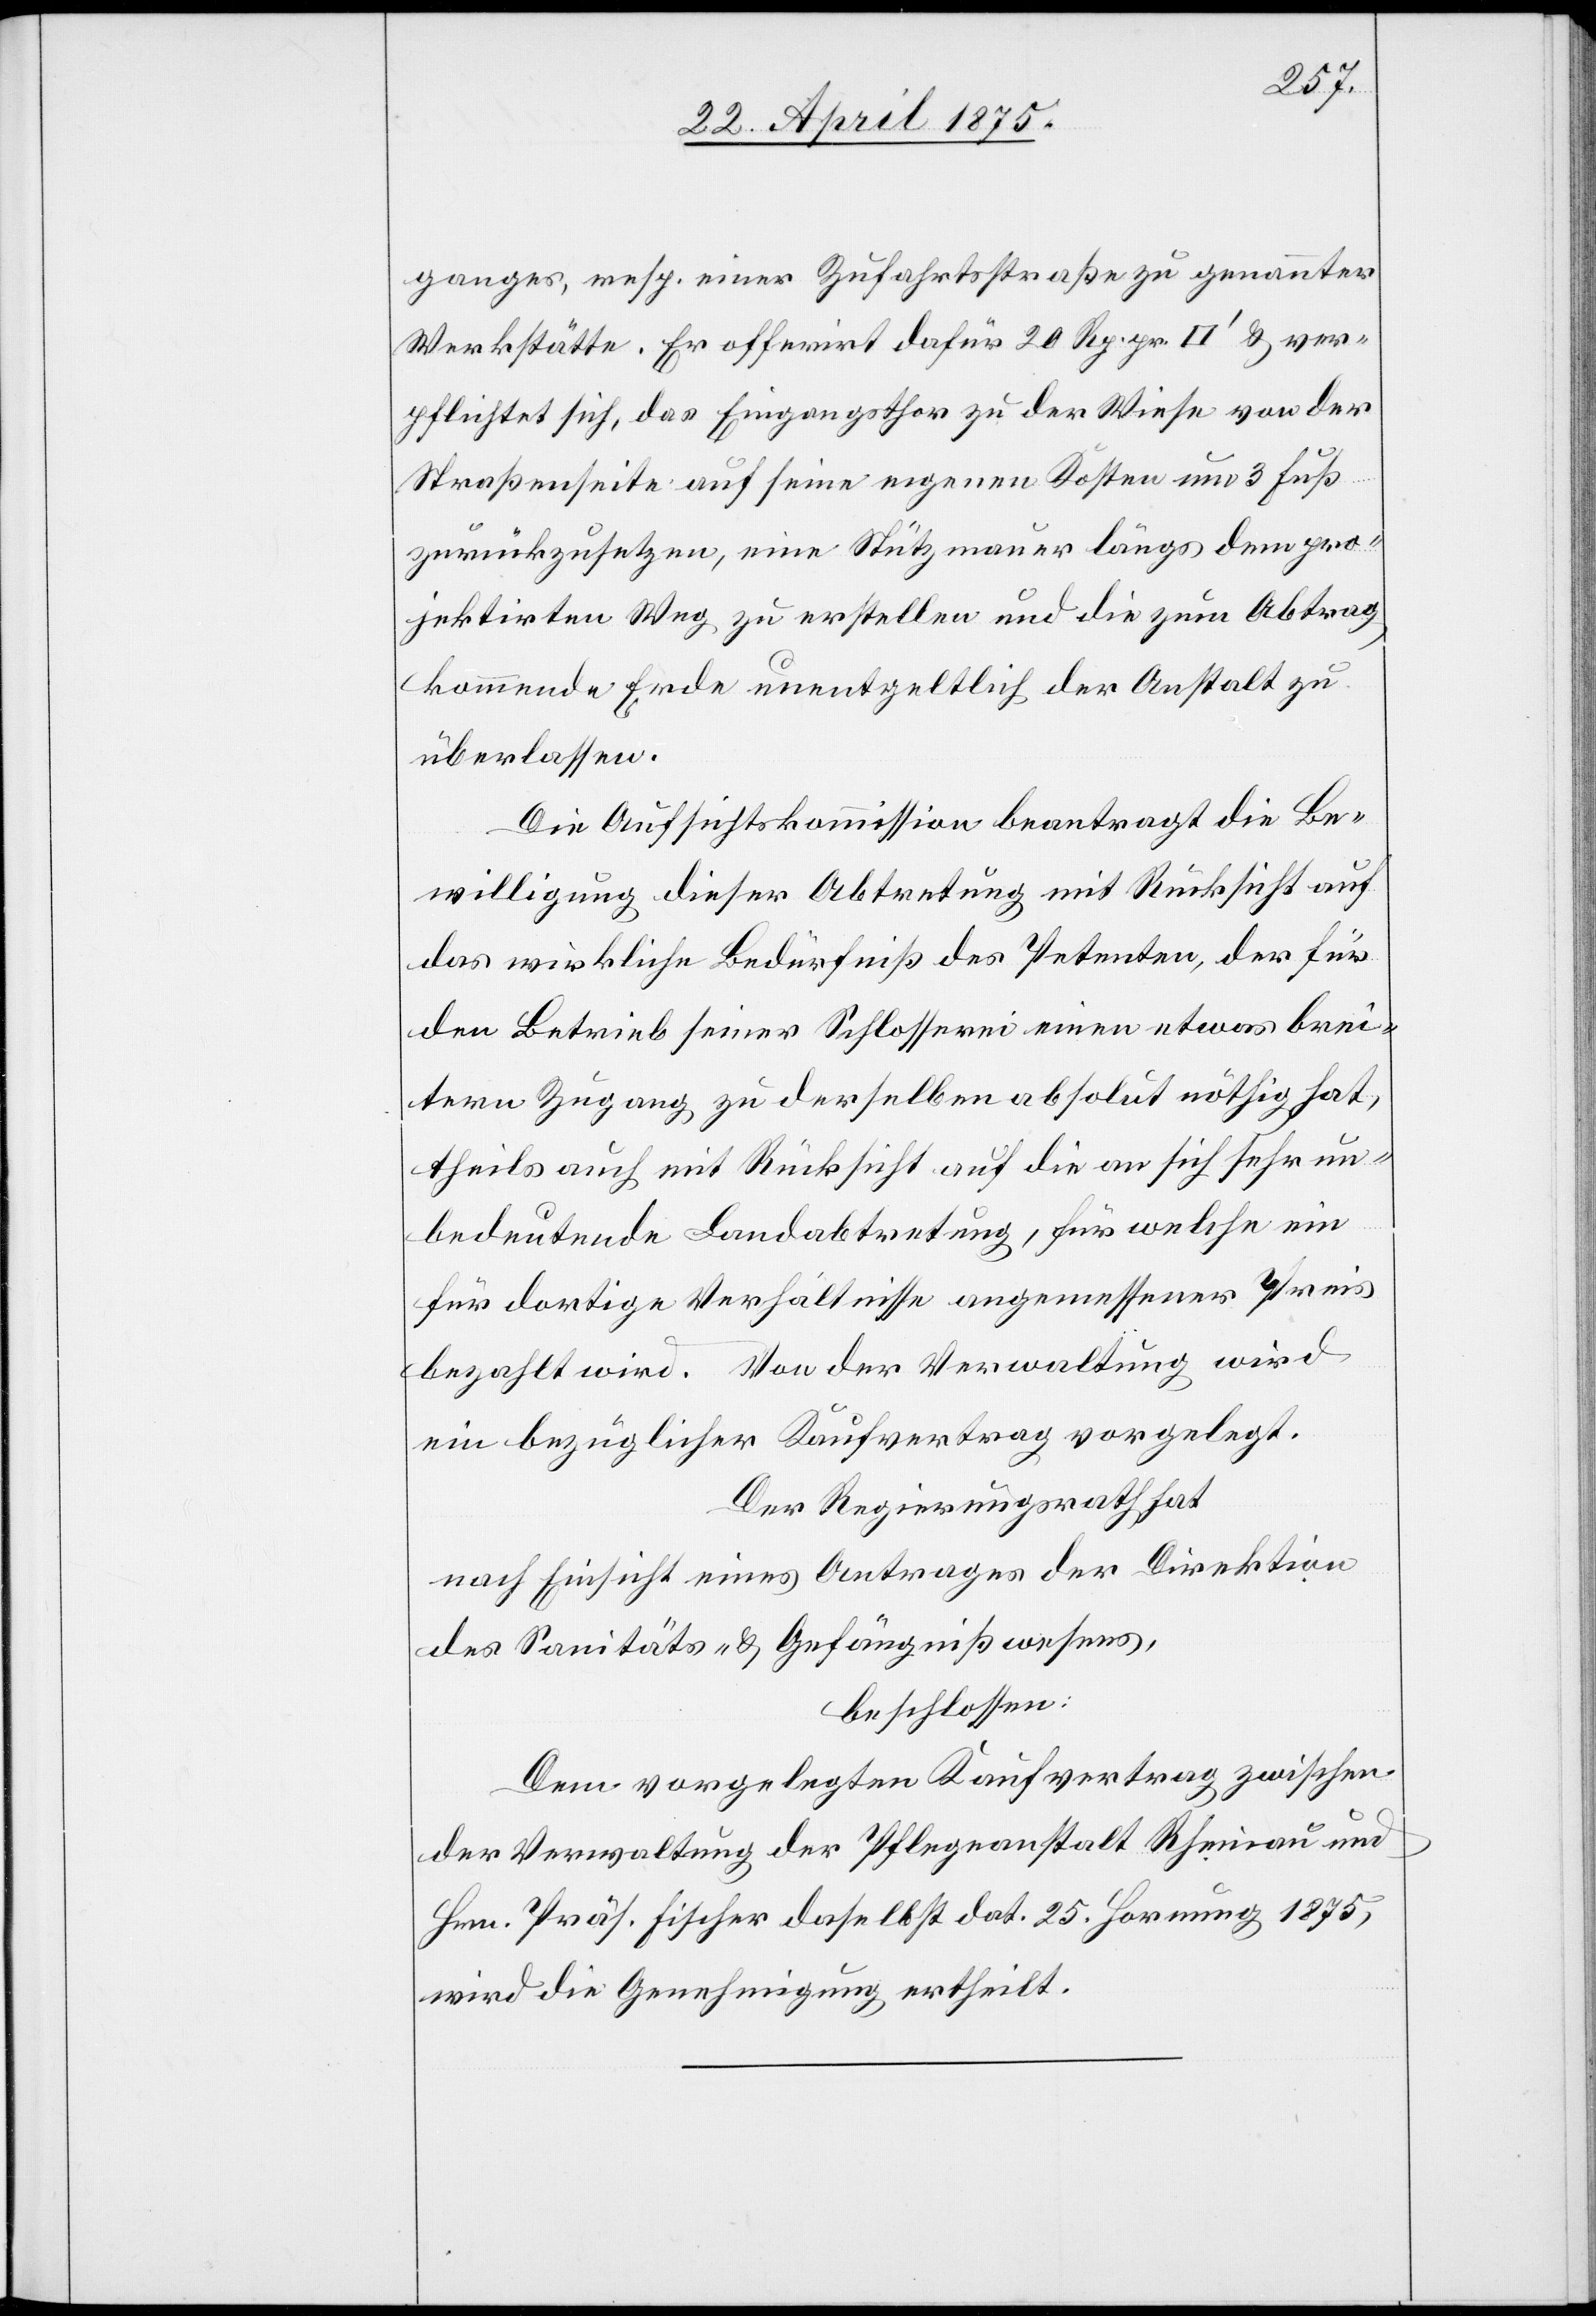
ganges, resp. einer Zufahrtsstraße zu genannter
Werkstätte. Er offerirt dafür 20 Rp. pr. [Quadratfuß] & ver¬
pflichtet sich, das Eingangsthor zu der Wiese von der
Straßenseite auf seine eigenen Kosten um 3 Fuß
zurückzusetzen, eine Stützmauer längs dem pro¬
jektirten Weg zu erstellen und die zum Abtrag
kommende Erde unentgeldlich der Anstalt zu
überlassen.
Die Aufsichtskommission beantragt die Be¬
willigung dieser Abtretung mit Rücksicht auf
das wirkliche Bedürfniß des Petenten, der für
den Betrieb seiner Schlosserei einen etwas brei¬
tern Zugang zu derselben absolut nöthig hat,
theils auch mit Rücksicht auf die an sich sehr un¬
bedeutende Landabtretung, für welche ein
für dortige Verhältnisse angemessener Preis
bezahlt wird. Von der Verwaltung wird
ein bezüglicher Kaufvertrag vorgelegt.
Der Regierungsrath hat
nach Einsicht eines Antrages der Direktion
des Sanitäts- und Gefängnißwesens,
beschlossen:
Dem vorgelegten Kaufvertag zwischen
der Verwaltung der Pflegeanstalt Rheinau und
Hrn. Präs. Fischer daselbst dat. 25. Hornung 1875,
wird die Genehmigung ertheilt.